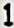
1